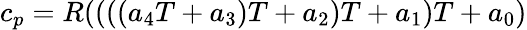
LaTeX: c_{p}=R((((a_{4}T+a_{3})T+a_{2})T+a_{1})T+a_{0})